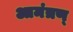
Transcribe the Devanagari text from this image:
आमंत्रण्